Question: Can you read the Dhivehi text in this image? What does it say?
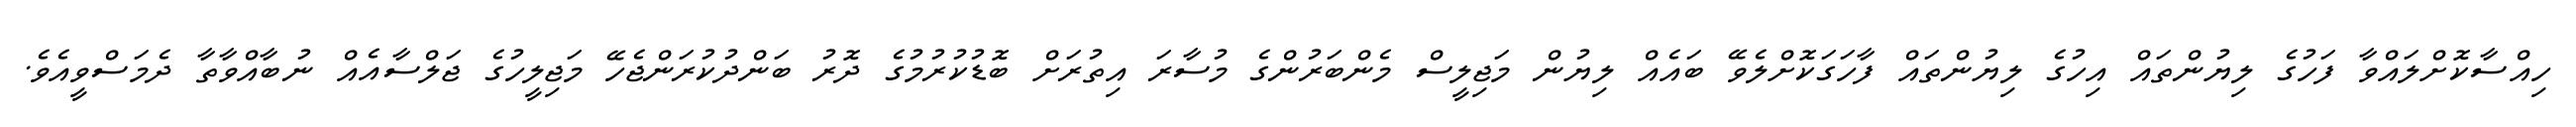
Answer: ހިއްސާކޮށްލައްވާ ފަހުގެ ލިޔުންތައް އިހުގެ ލިޔުންތައް ފާހަގަކޮށްލެވޭ ބައެއް ލިޔުން މަޖިލީސް މެންބަރުންގެ މުސާރަ އިތުރަށް ބޮޑުކުރުމުގެ ދޮރު ބަންދުކުރަންޖެހޭ މަޖިލީހުގެ ޖަލްސާއެއް ނުބާއްވާތާ ދެމަސްވީއެވެ.